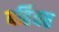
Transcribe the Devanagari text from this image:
बर्हिवत